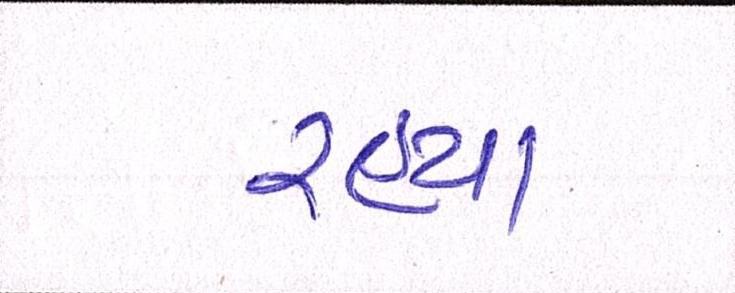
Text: રહ્યા